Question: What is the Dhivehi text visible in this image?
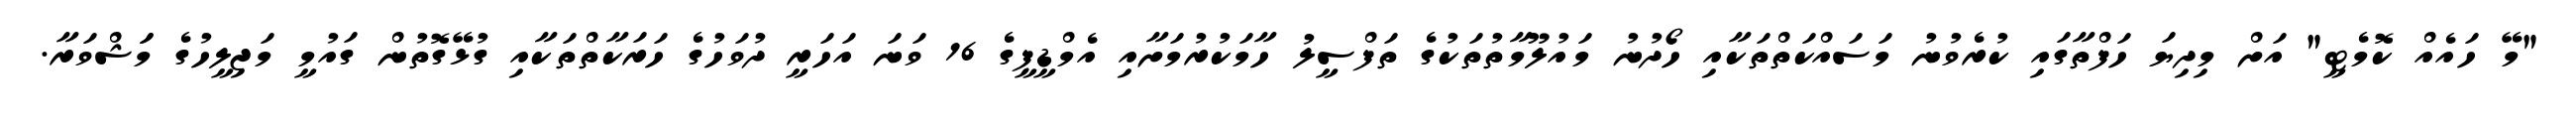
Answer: "މޭ ހައެއް ކޮމެޓީ" އަށް މިދިޔަ ހަފްތާގައި ކުރެވުނު މަސައްކަތްތަކާއި ހޯދުނު މައުލޫމާތުތަކުގެ ތަފްސީލު ހާމަކުރުމަށާއި އެމްޑީޕީގެ 16 ވަނަ އަހަރީ ދުވަހުގެ ހަރަކާތްތަކާއި ގުޅޭގޮތުން ގައުމީ މަޖިލީހުގެ މަަޝްވަރާ.